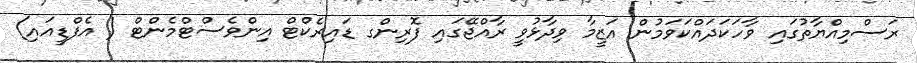
ރަސްމިއްޔާތުގައި ވާހަކަދައްކަވަމުން އަޒީމާ ވިދާޅުވީ ރާއްޖޭގައި ފޮރިންގ ޑައިރެކްޓް އިންވެސްޓްމެންޓް ( އެފްޑީއައި)